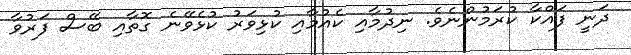
ދަނީ ފައްކާ ކުރަމުންނެވެ. ނިދުމާއި ކެއުމާއި ކުޅިވަރު ކުޅެވޭނެ ގޮތާއި ބޭސް ފަރުވާ